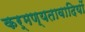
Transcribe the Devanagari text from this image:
कर्मण्यतावादियों